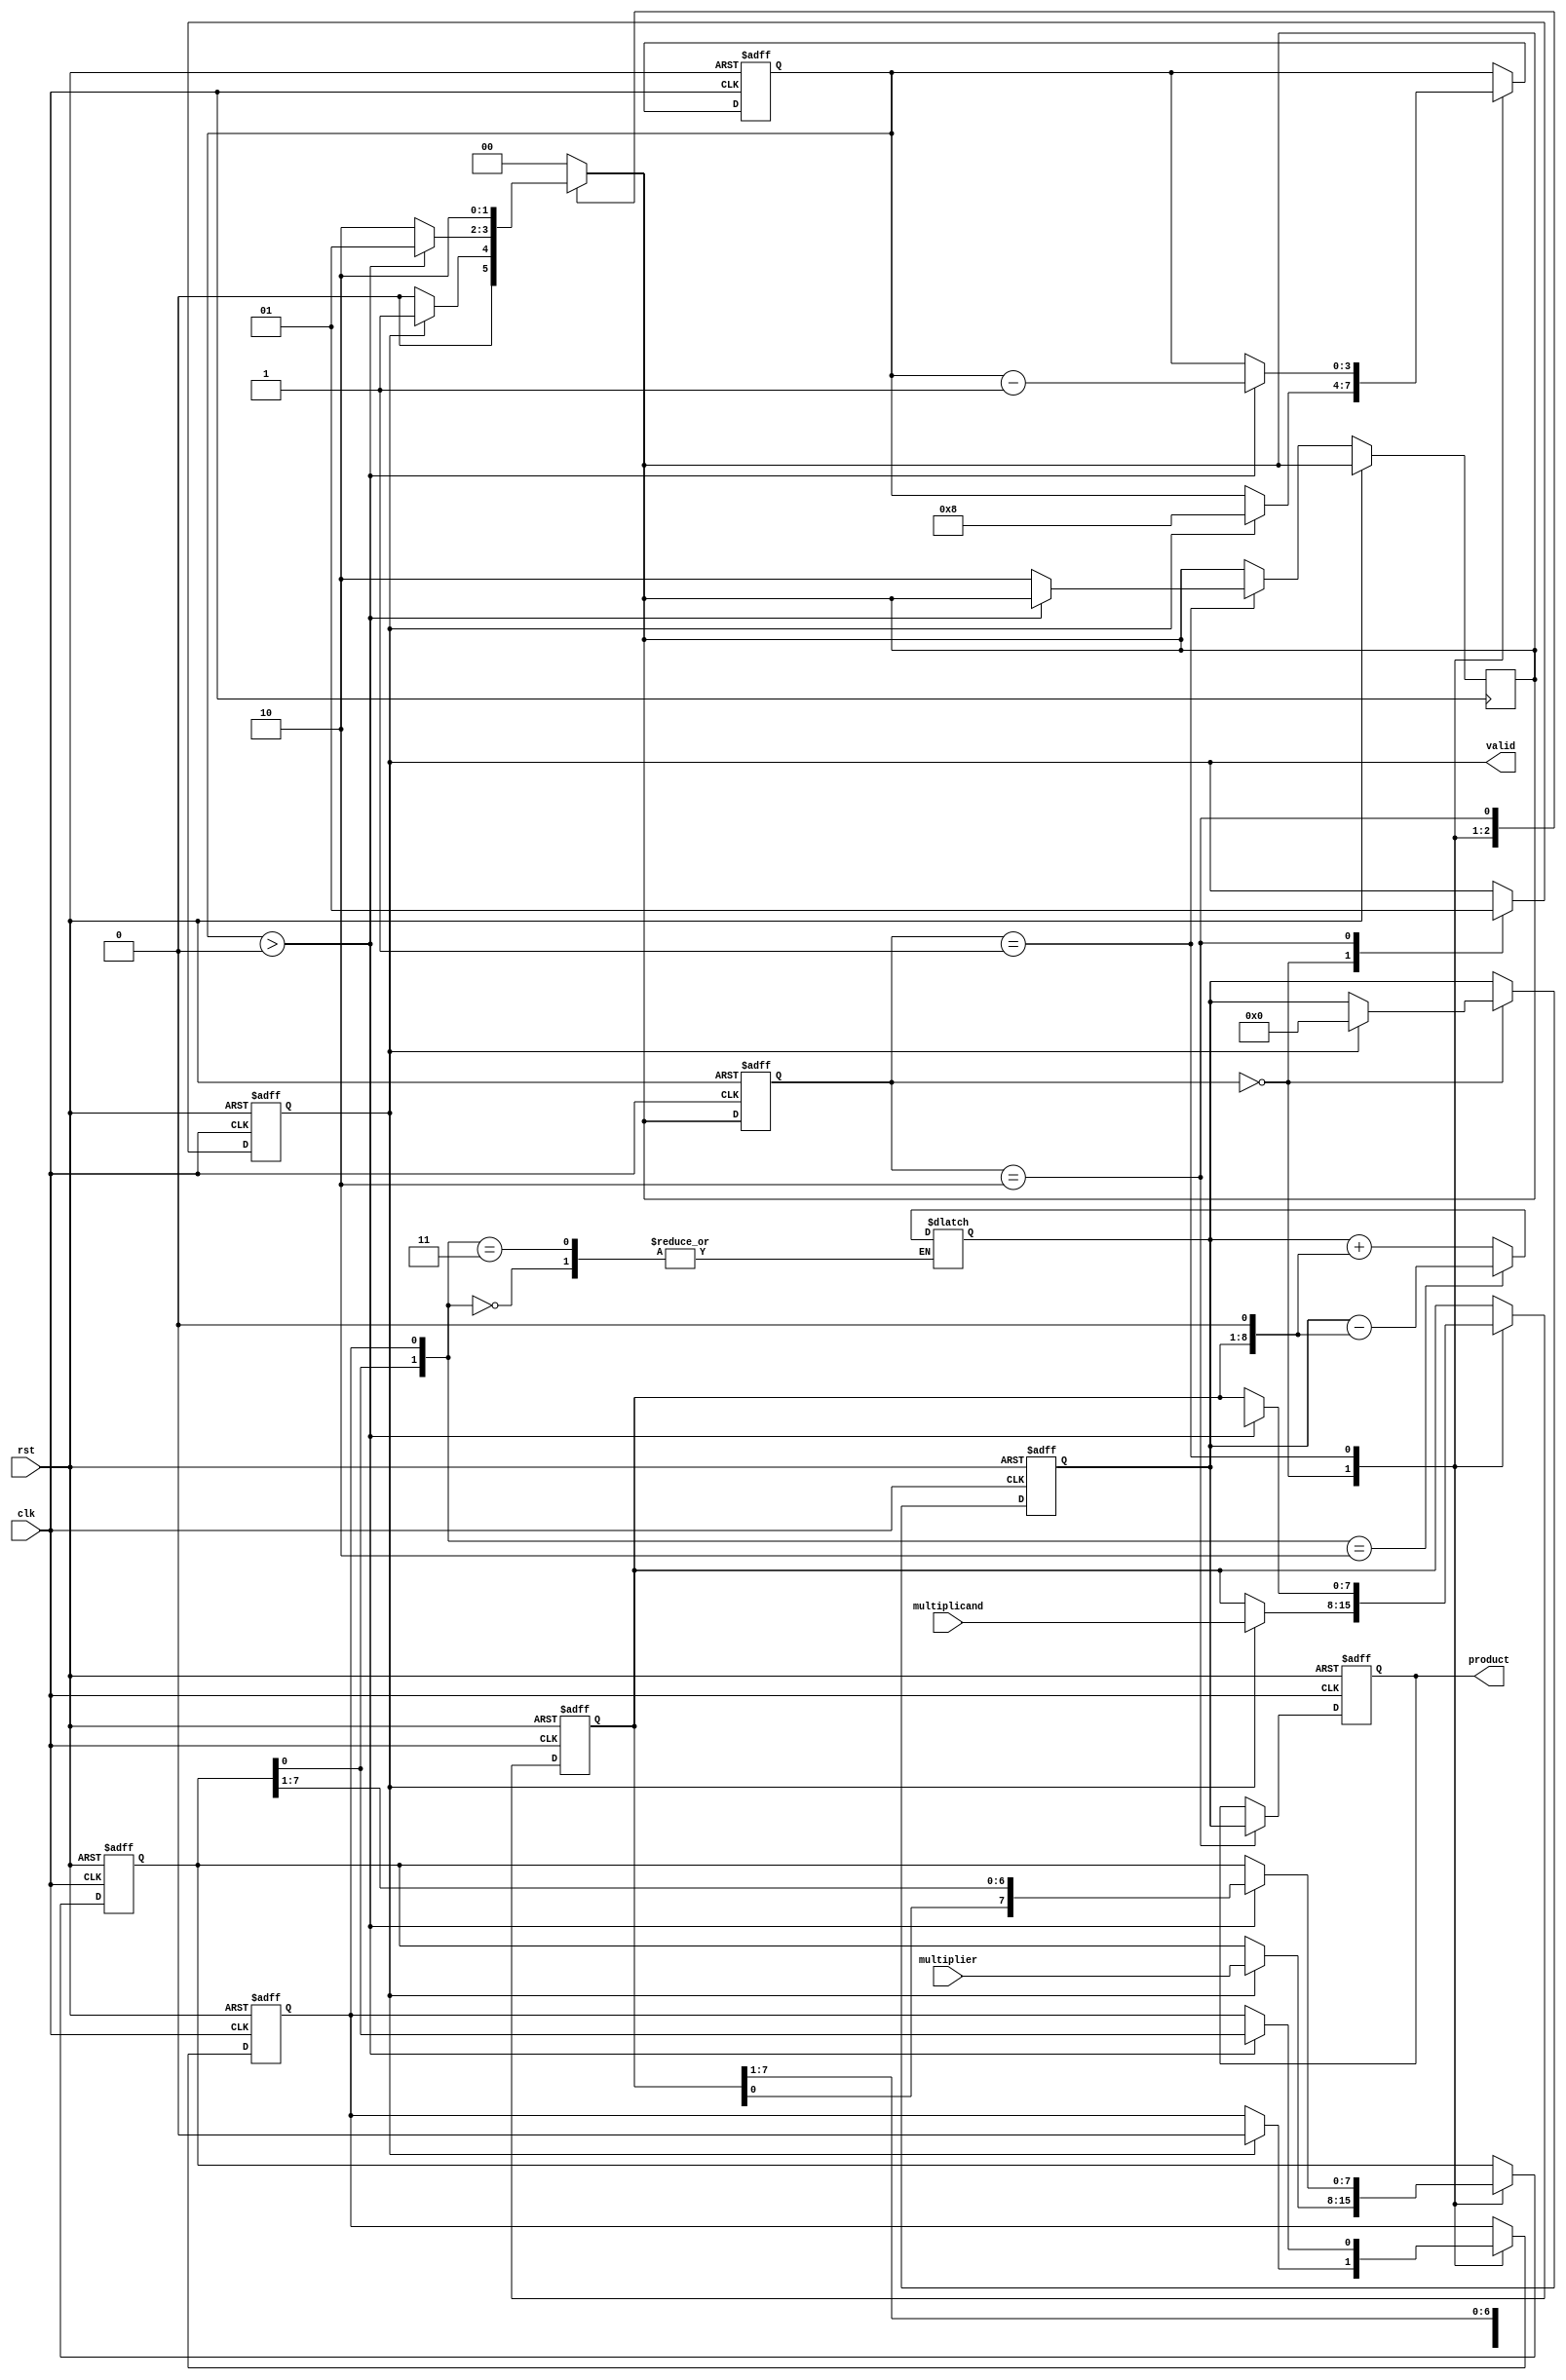
module modified_booth_multiplier #(parameter N = 8) (
    input wire clk,
    input wire rst,
    input wire [N-1:0] multiplicand,
    input wire [N-1:0] multiplier,
    output reg [2*N-1:0] product,
    output reg valid
);

    reg [N-1:0] A; // Accumulator
    reg [N-1:0] Q; // Multiplier
    reg [N-1:0] M; // Multiplicand
    reg Q_1;       // Previous bit of Q
    reg [2*N-1:0] P; // Product register
    reg [3:0] count; // Count for the number of bits processed

    // State definitions
    localparam IDLE = 2'b00,
               PROCESS = 2'b01,
               DONE = 2'b10;

    reg [1:0] state, next_state;

    // Booth encoding logic
    always @(*) begin
        case ({Q[0], Q_1})
            2'b00: begin
                // No addition
                P = P; // No change
            end
            2'b01: begin
                // Add multiplicand
                P = P + {A, 1'b0}; // Shift left for addition
            end
            2'b10: begin
                // Subtract multiplicand
                P = P - {A, 1'b0}; // Shift left for subtraction
            end
            2'b11: begin
                // No addition, just shift
                P = P; // No change
            end
        endcase
    end

    // State machine for control
    always @(posedge clk or posedge rst) begin
        if (rst) begin
            state <= IDLE;
            product <= 0;
            valid <= 0;
            count <= 0;
            A <= 0;
            Q <= 0;
            M <= 0;
            Q_1 <= 0;
            P <= 0;
        end else begin
            state <= next_state;
            case (state)
                IDLE: begin
                    if (valid) begin
                        A <= multiplicand;
                        Q <= multiplier;
                        M <= multiplicand;
                        Q_1 <= 0;
                        P <= 0;
                        count <= N; // Number of bits to process
                        valid <= 0; // Reset valid signal
                    end
                end
                PROCESS: begin
                    if (count > 0) begin
                        // Perform Booth's algorithm
                        Q_1 <= Q[0]; // Update previous bit
                        // Shift right
                        {A, Q, Q_1} <= {A[2*N-1], A, Q}; // Shift right
                        count <= count - 1; // Decrement count
                    end else begin
                        next_state <= DONE; // Move to done state
                    end
                end
                DONE: begin
                    product <= P; // Final product
                    valid <= 1; // Indicate valid output
                end
            endcase
        end
    end

    // Next state logic
    always @(*) begin
        case (state)
            IDLE: next_state = valid ? PROCESS : IDLE;
            PROCESS: next_state = (count > 0) ? PROCESS : DONE;
            DONE: next_state = DONE;
            default: next_state = IDLE;
        endcase
    end

endmodule